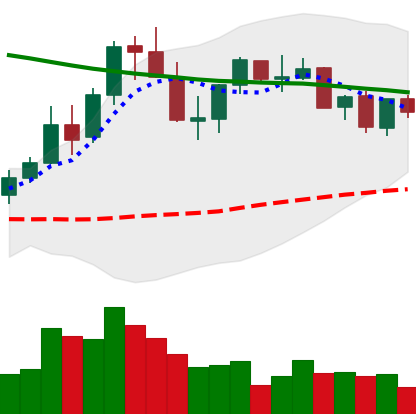
Ticker: XLM-USD
Chart end date: 2021-08-28
Forward return: 3.662%
Label: up_3_5